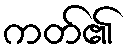
ကတ်၏